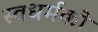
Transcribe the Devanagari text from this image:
स्‍वधर्मको